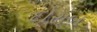
દોરાબ